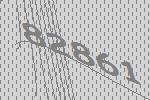
82861